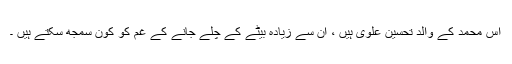
آس محمد کے والد تحسین علوی ہیں ، ان سے زیادہ بیٹے کے چلے جانے کے غم کو کون سمجھ سکتے ہیں ۔